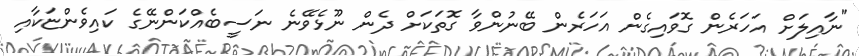
"ނާއިލަށް އަހަރެން ގޮވައިގެން އަހަރެން ބޭނުންވާ ގޮތަކަށް ދެން ނޫޅެވޭނެ ނަސީބެއްކަންނޭގެ ކައިވެންޏަކާއި